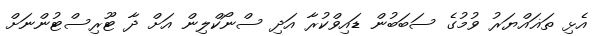
އެޅި ތަޣައްޔަރު ވުމުގެ ސަބަބުން ޑައިވްކުރާ އަދި ސްނޯކްލިން އަށް ދާ ޓޫރިސްޓުންނަަށް